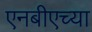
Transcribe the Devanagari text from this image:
एनबीएच्या